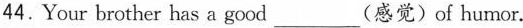
44.Your brother has a good ___ (感觉)of humor.